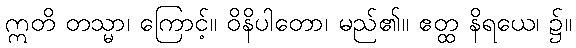
ဣတိ တသ္မာ၊ ကြောင့်။ ဝိနိပါတော၊ မည်၏။ ဧတ္ထ နိရယေ၊ ၌။